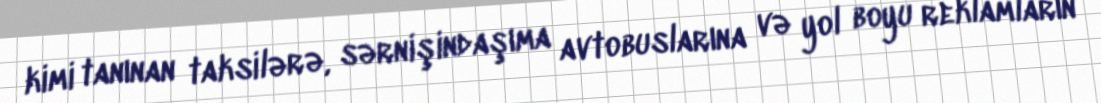
kimi tanınan taksilərə, sərnişindaşıma avtobuslarına və yol boyu reklamların